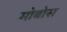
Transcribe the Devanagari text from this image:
मोबोस